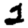
Digit: 2